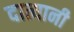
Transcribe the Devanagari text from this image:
दात्यानी